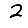
Digit: 2